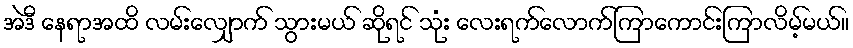
အဲဒီ နေရာအထိ လမ်းလျှောက် သွားမယ် ဆိုရင် သုံး လေးရက်လောက်ကြာကောင်းကြာလိမ့်မယ်။